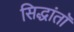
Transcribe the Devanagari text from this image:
सिद्धांतॉ